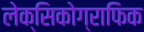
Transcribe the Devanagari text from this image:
लेक्सिकोग्राफिक